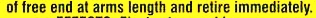
of free end at arms length and retire immediately.